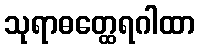
သုရာဓတ္ထေရဂါထာ